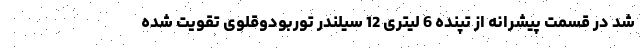
شد در قسمت پیشرانه از تپنده 6 لیتری 12 سیلندر توربودوقلوی تقویت شده